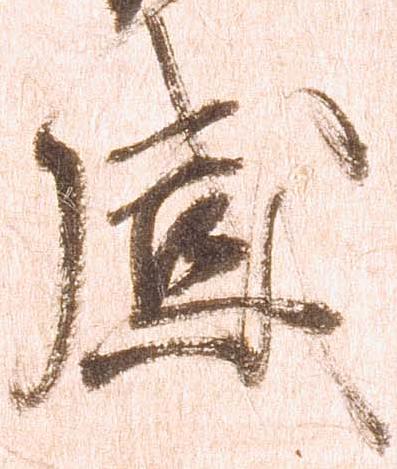
感